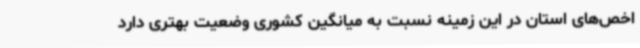
اخص‌های استان در این زمینه نسبت به میانگین کشوری وضعیت بهتری دارد